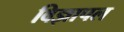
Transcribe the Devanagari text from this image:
विज्ञापल